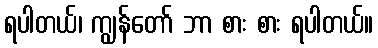
ရပါတယ်၊ ကျွန်တော် ဘာ စား စား ရပါတယ်။